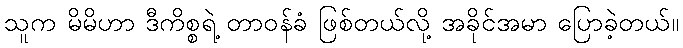
သူက မိမိဟာ ဒီကိစ္စရဲ့ တာဝန်ခံ ဖြစ်တယ်လို့ အခိုင်အမာ ပြောခဲ့တယ်။